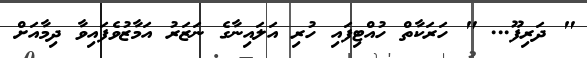
" ދަރިފޫ... " ހަރަކާތް ހުއްޓިފައި ހުރި އަލައިނާގެ ނަޒަރު އަމާޒުވެފައިވާ ދިމާއަށް